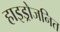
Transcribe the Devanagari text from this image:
हाइड्रोजनित